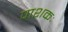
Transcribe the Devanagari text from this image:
पाशकः